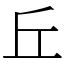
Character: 丘